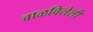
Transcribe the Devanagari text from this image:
वाळविलेली